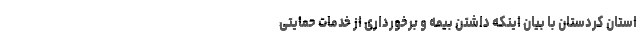
استان کردستان با بیان اینکه داشتن بیمه و برخورداری از خدمات حمایتی